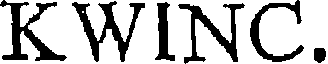
KWINC.